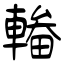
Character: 輽